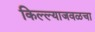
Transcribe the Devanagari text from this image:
किल्ल्याजवळचा